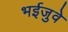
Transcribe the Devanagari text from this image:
भईजुवे